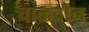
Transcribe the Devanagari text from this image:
चाळवोन